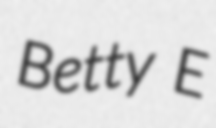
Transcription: Betty E